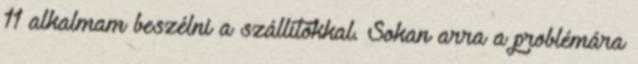
11 alkalmam beszélni a szállítókkal. Sokan arra a problémára